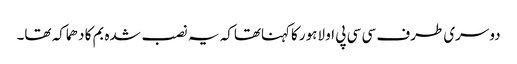
دوسری طرف سی سی پی او لاہور کاکہناتھاکہ یہ نصب شدہ بم کا دھماکہ تھا۔